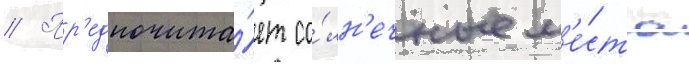
// Пр'едпочита́ет со́лн'ечные м'е́ста